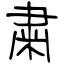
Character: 粛